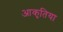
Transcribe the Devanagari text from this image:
आकृतिया